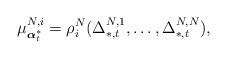
LaTeX: \begin{align*}\mu^{N,i}_{\boldsymbol{\alpha}^*_t}=\rho_i^N(\Delta_{*,t}^{N,1},\ldots,\Delta_{*,t}^{N,N}), \end{align*}